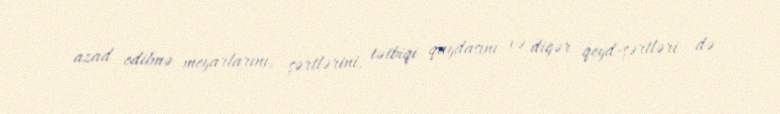
azad edilmə meyarlarını, şərtlərini, tətbiqi qaydasını və digər qeyd-şərtləri də